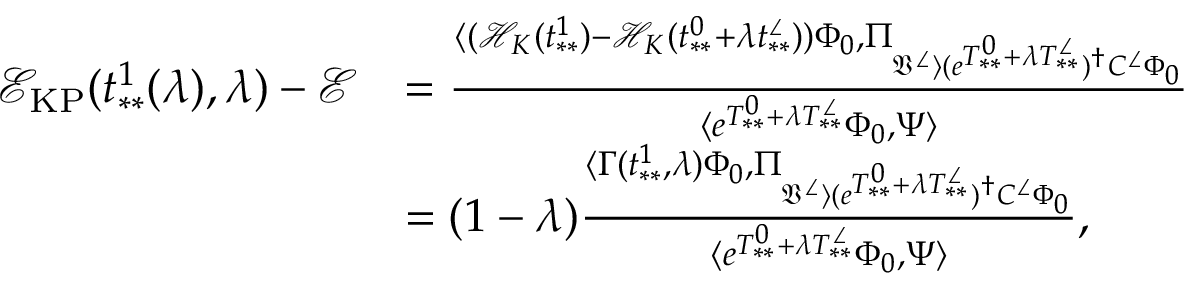
\begin{array} { r l } { \mathcal { E } _ { \mathrm { K P } } ( t _ { * * } ^ { 1 } ( \lambda ) , \lambda ) - \mathcal { E } } & { = \frac { \langle ( \mathcal { H } _ { K } ( t _ { * * } ^ { 1 } ) - \mathcal { H } _ { K } ( t _ { * * } ^ { 0 } + \lambda t _ { * * } ^ { \angle } ) ) \Phi _ { 0 } , \Pi _ { \mathfrak { V } ^ { \angle } \rangle ( e ^ { T _ { * * } ^ { 0 } + \lambda T _ { * * } ^ { \angle } } ) ^ { \dag } C ^ { \angle } \Phi _ { 0 } } } { \langle e ^ { T _ { * * } ^ { 0 } + \lambda T _ { * * } ^ { \angle } } \Phi _ { 0 } , \Psi \rangle } } \\ & { = ( 1 - \lambda ) \frac { \langle \Gamma ( t _ { * * } ^ { 1 } , \lambda ) \Phi _ { 0 } , \Pi _ { \mathfrak { V } ^ { \angle } \rangle ( e ^ { T _ { * * } ^ { 0 } + \lambda T _ { * * } ^ { \angle } } ) ^ { \dag } C ^ { \angle } \Phi _ { 0 } } } { \langle e ^ { T _ { * * } ^ { 0 } + \lambda T _ { * * } ^ { \angle } } \Phi _ { 0 } , \Psi \rangle } , } \end{array}